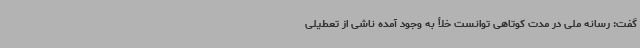
گفت: رسانه ملی در مدت کوتاهی توانست خلأ به وجود آمده ناشی از تعطیلی